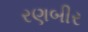
રણબીર